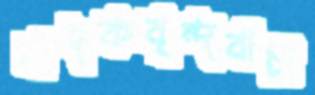
বাদকবৃন্দবাচা